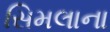
સિમલાના